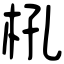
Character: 𣏺